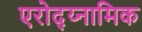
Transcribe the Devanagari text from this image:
एरोद्य्नामिक